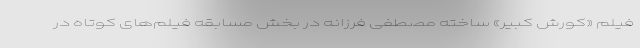
فیلم «کورش کبیر» ساخته مصطفی فرزانه در بخش مسابقه فیلم‌های کوتاه در